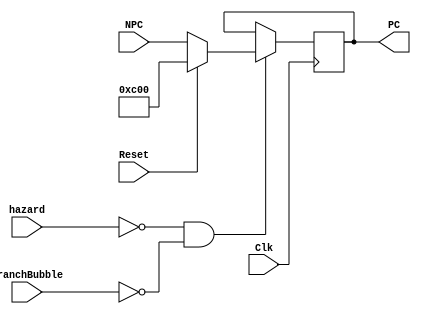
module pc(NPC,Clk,Reset,PC,hazard,BranchBubble);
	input[31:2]       NPC;
	input 			  Clk;
	input 			  Reset;
	input 			  hazard;
	input 			  BranchBubble;
	output reg [31:2] PC;
	
	initial begin
		PC = 30'd0;
	end
	always @(posedge Clk)
	begin
		if (hazard == 0 && BranchBubble == 0) 
		begin
			if (Reset == 1) 
				 PC <= 30'b00_0000_0000_0000_0000_1100_0000_0000;//high 30
			else PC <= NPC;//PC
		end
	end
endmodule